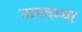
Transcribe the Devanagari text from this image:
नागचम्पा